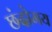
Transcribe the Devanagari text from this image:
छंदोमय